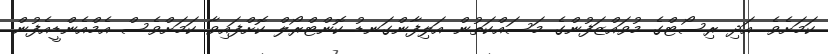
ކަމަށެވެ. އަދި ރިސޯޓްގެ މުވައްޒަފުންގެ މަސައްކަތުން އަލިފާންގަނޑު ކޮންޓްރޯލް ކޮށްފައިވާ ކަމަށްވެސް އެމްއެންޑީއެފުން